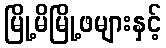
မြို့မိမြို့ဖများနှင့်